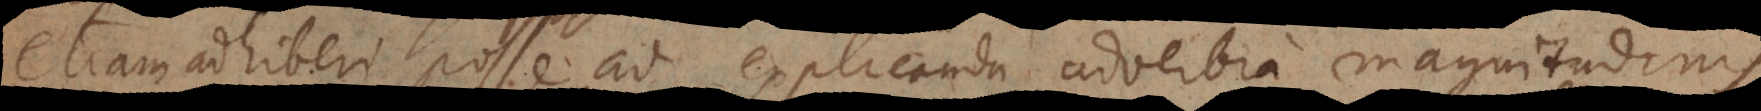
etiam adhiberi posse ad explicanda adverbia magnitudinis,